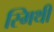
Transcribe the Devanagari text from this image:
स्मिथी